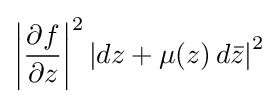
\left|{\frac {\partial f}{\partial z}}\right|^{2}\left|dz+\mu (z)\,d{\bar {z}}\right|^{2}